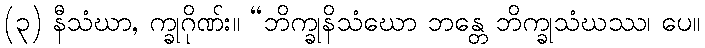
(၃) နီသံဃာ, က္ခုဂိုဏ်း။ “ဘိက္ခုနိသံဃော ဘန္တေ ဘိက္ခုသံဃဿ၊ ပေ။